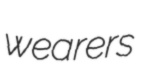
wearers